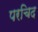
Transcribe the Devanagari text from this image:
परचिद